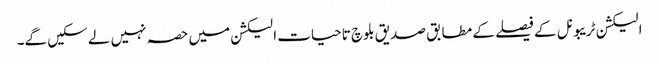
الیکشن ٹریبونل کے فیصلے کے مطابق صدیق بلوچ تاحیات الیکشن میں حصہ نہیں لے سکیں گے۔